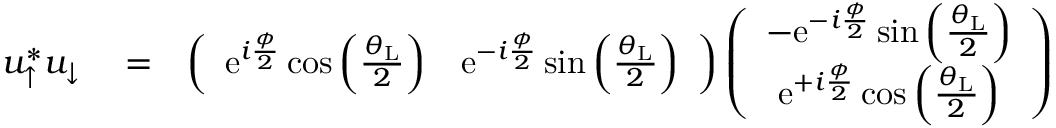
\begin{array} { r l r } { u _ { \uparrow } ^ { * } u _ { \downarrow } } & { { } = } & { \left( \begin{array} { c c } { \mathrm { e } ^ { i \frac { \phi } { 2 } } \cos \left( \frac { \theta _ { \mathrm { L } } } { 2 } \right) } & { \mathrm { e } ^ { - i \frac { \phi } { 2 } } \sin \left( \frac { \theta _ { \mathrm { L } } } { 2 } \right) } \end{array} \right) \left( \begin{array} { c } { - \mathrm { e } ^ { - i \frac { \phi } { 2 } } \sin \left( \frac { \theta _ { \mathrm { L } } } { 2 } \right) } \\ { \mathrm { e } ^ { + i \frac { \phi } { 2 } } \cos \left( \frac { \theta _ { \mathrm { L } } } { 2 } \right) } \end{array} \right) } \end{array}